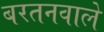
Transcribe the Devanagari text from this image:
बरतनवाले